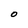
Character: O